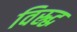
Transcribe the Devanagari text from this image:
विस्र्द्ध